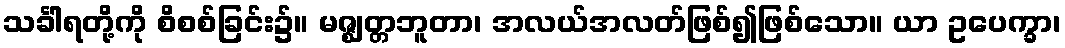
သင်္ခါရတို့ကို စိစစ်ခြင်း၌။ မဇ္ဈတ္တဘူတာ၊ အလယ်အလတ်ဖြစ်၍ဖြစ်သော။ ယာ ဥပေက္ခာ၊